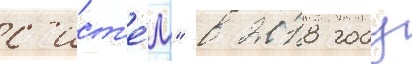
с'ист'е́м" в 2018 году